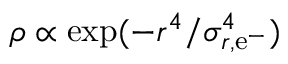
\rho \propto \exp ( - r ^ { 4 } / \sigma _ { r , \mathrm { e } ^ { - } } ^ { 4 } )